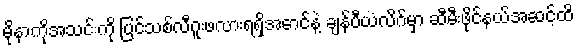
မိုနာကိုအသင်းကို ပြင်သစ်လီဂူးဖလားရရှိအောင်နဲ့ ချန်ပီယံလိဂ်မှာ ဆီမီးဖိုင်နယ်အဆင့်ထိ